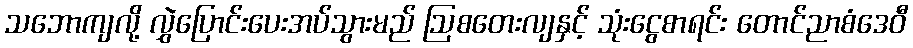
သဘောကျလို့ လွှဲပြောင်းပေးအပ်သွားမည် ဩစတေးလျနှင့် သုံးငွေစာရင်း တောင်ညာစံဒေဝီ